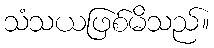
သံသယဖြစ်မိသည်။